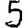
Digit: 5